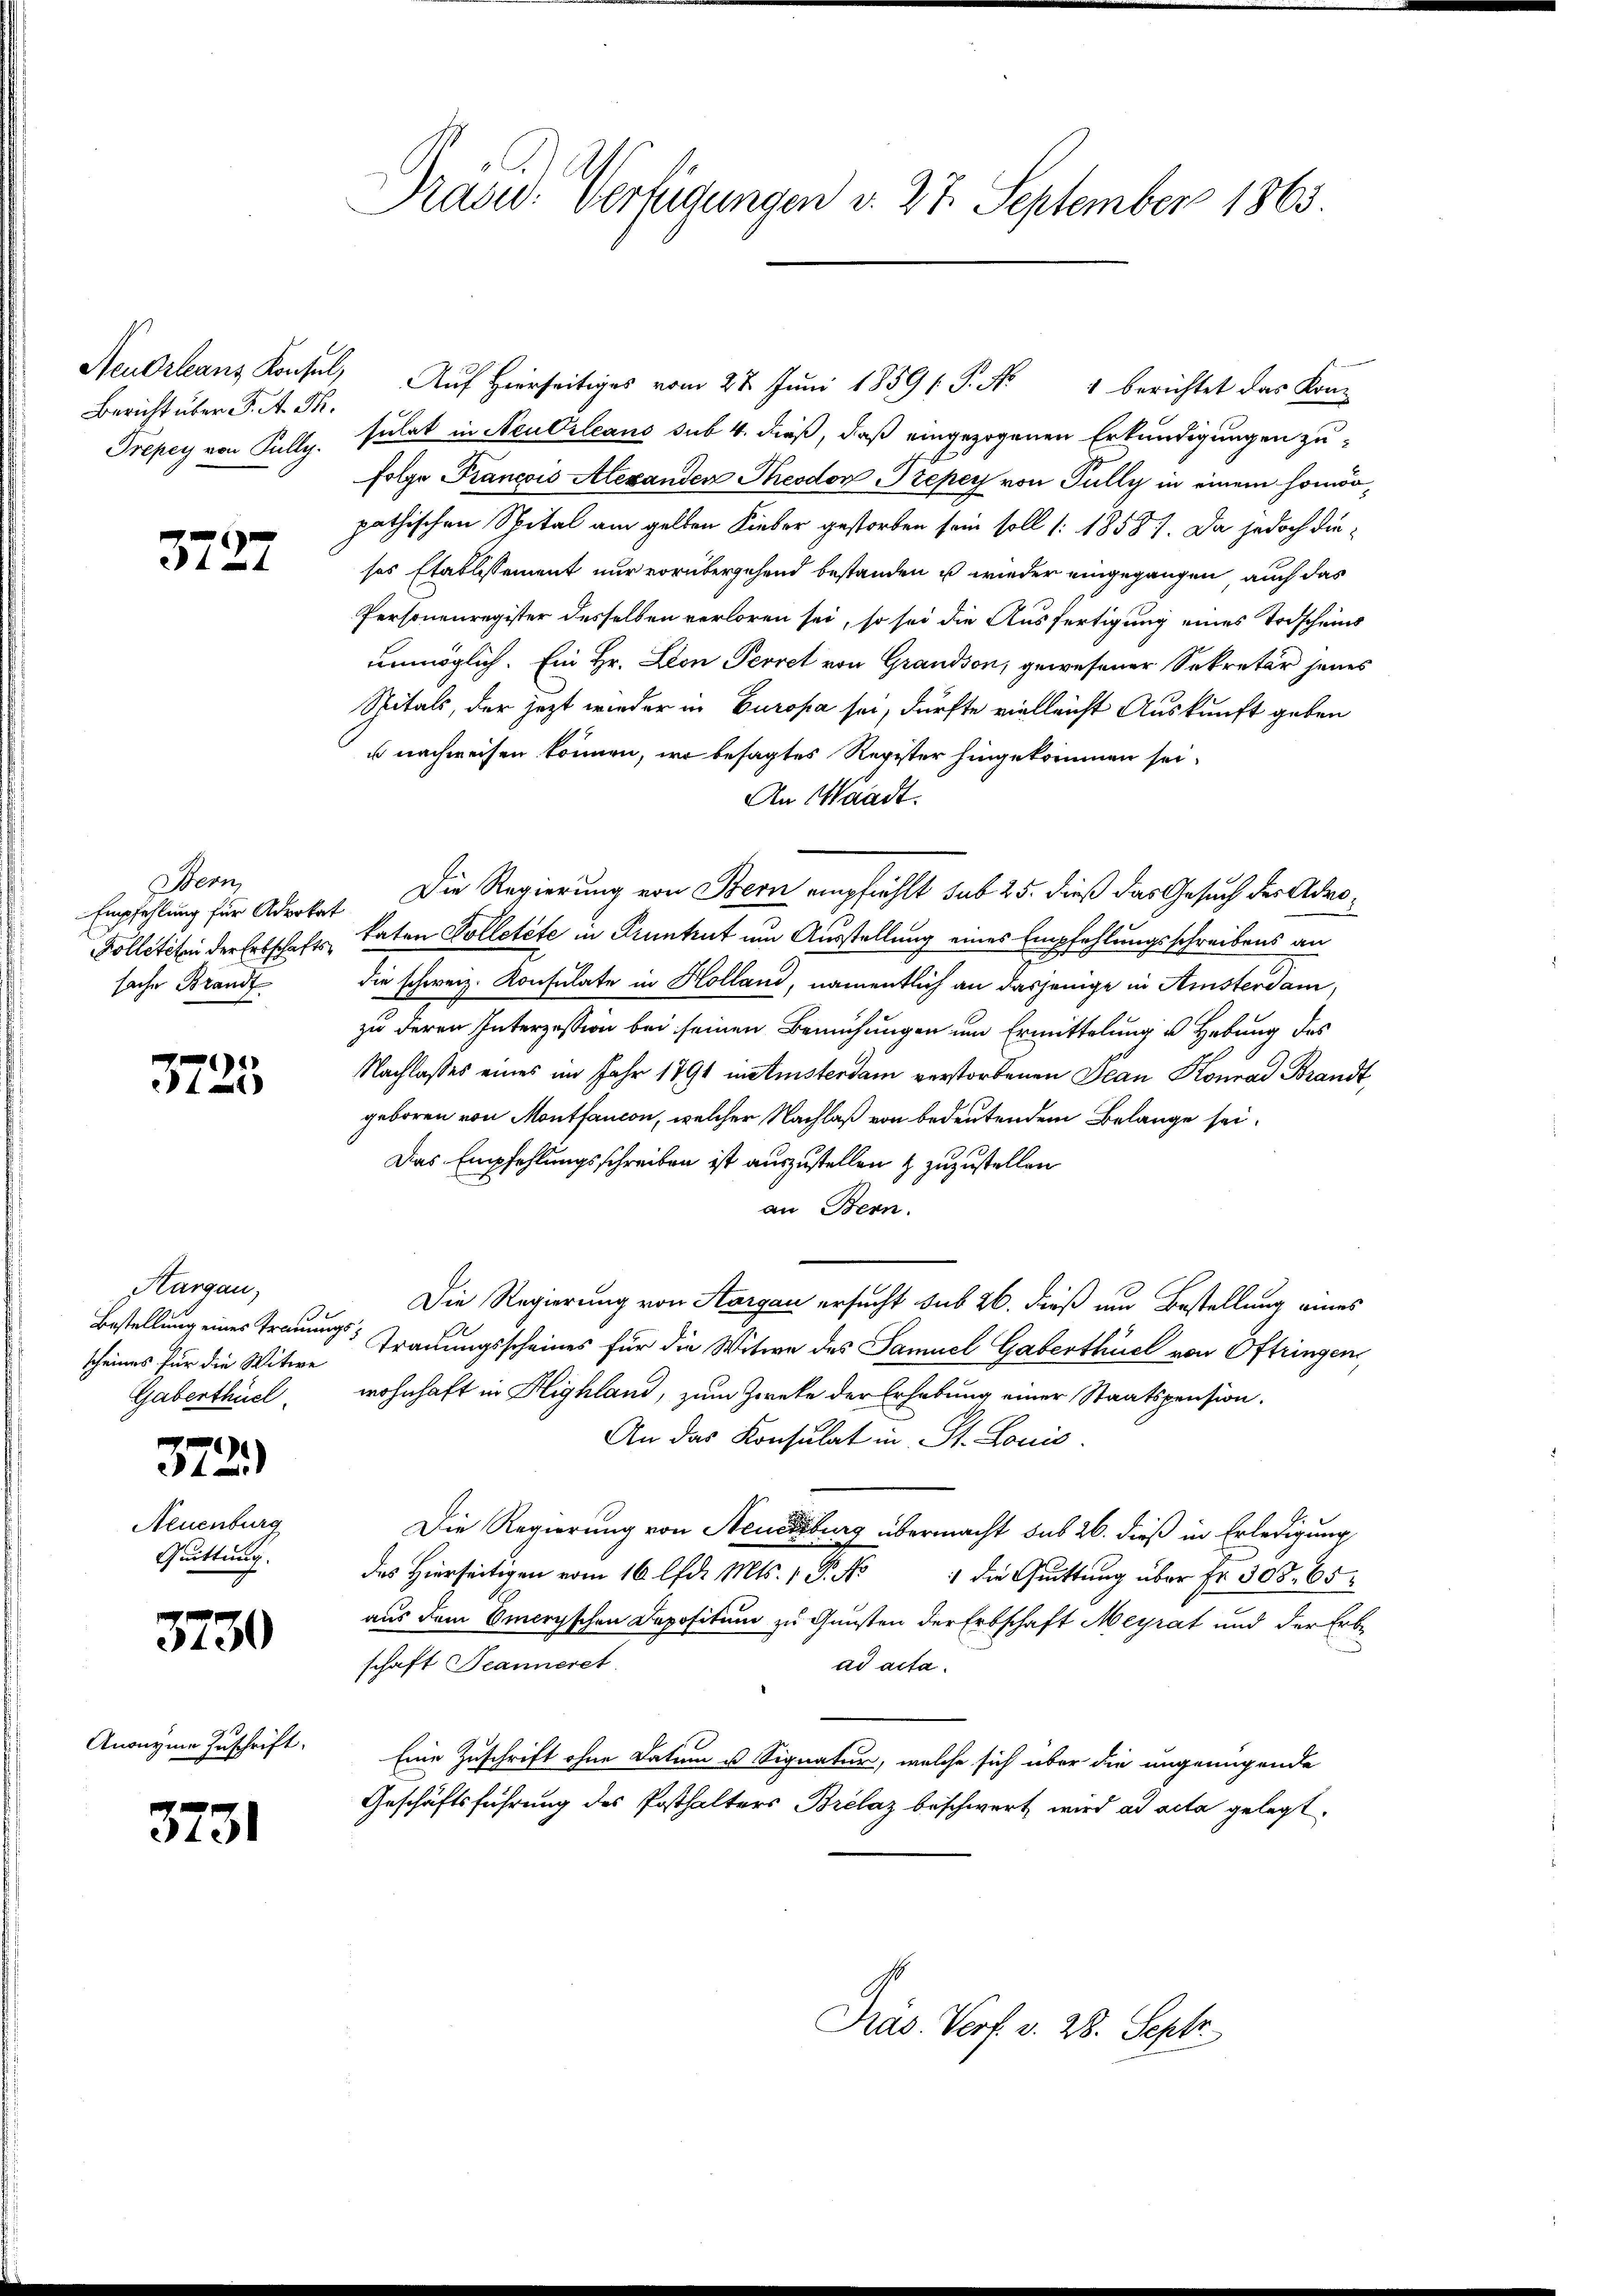
Bericht über K. A. Th.

3727

Bern
Empfehlung für Advokat
sache Brandt

1
4)

Kargau,
scheines für die Witwe
Gaberthüel.

)
4

Neuenburg
Quittung.

3730

Anonyme Zuschrift.

3731

Präsid. Verfügungen v. 27. September 1863.

Neudrleans Konsul, Auf hierseitiges vom 22. Juni 1859 /. P. Nr. 1 berichtet das Kon-
Prépey von Pully. sulat in Neubrleans sub 4. dieß, daß eingezogenen Erkundigungen zu¬
Folge Francois Alexanden Theodor Szepey von Fully in einem homöopathischen Spital am gelben Lieber gestorben sein soll (: 18587. Da jedoch dieses Etablissement nur vorübergehend bestanden u wieder eingegangen, auch das
Personenregister desselben verloren sei, so sei die Ausfertigung eines Todscheins
unmöglich. Ein Hr. Leon Perret von Grandson, gewesener Sekretär jenes
Spitals, der jezt wieder in Europa sei, dürfte vielleicht Auskunft geben
u nachweisen können, wo besagtes Register hingekommen sei,
An Waadt.
Die Regierung von Bern empfiehlt sub 25. dieß das Gesuch der Advo¬
Polleteten der Erbschaft katen Solletete in Pruntrut um Ausstellung eines Empfehlungsschreibens an
die schweiz. Konsulate in Holland, namentlich an dasjenige in Amsterdam,
zu deren Interzession bei seinen Bemühungen um Ermittelung u Hebung des
Nachlasses eines im Jahr 1791 instinsterdam verstorbenen Jean Konrad Brandt
geboren von Montfaucon, welcher Nachlaß von bedeutendem Belange sei¬
Das Empfehlungsschreiben ist auszustellen & zuzustellen
an Bern.
Die Regierung von Aargau ersucht sub 26. dieß um Bestellung eines
Bestellung eines Trauung Trauungsscheines für die Witwe des Samuel Gaberthuel von Oftringen,
wohnhaft in Highland, zum Zweke der Erhebung einer Staatspension.
An das Konsulat in St. Louis
Die Regierung von Neuenburg übermacht sub 26. dieß in Erledigung
das Hierseitigen vom 16 lfd. Mts. 1 P. No 1 die Quittung über Fr. 308. 65
aus dem Emerischen Depositum zu Gunsten der Erbschaft Meyrat und der Erbschaft Jeanneret.
ad acta.
Eine Zuschrift ohne Datum u Signatur, welche sich über die ungenügende
Geschäftsführung des Posthalters Brelaz beschwert wird ad acta gelegt.

Präs. Verf. v. 28. Sept.